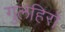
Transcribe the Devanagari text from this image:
गुलहिरो